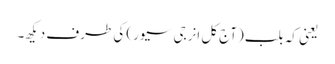
یعنی کہ بلب (آج کل انرجی سیور) کی طرف دیکھ۔